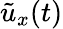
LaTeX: \tilde{u}_{x}(t)